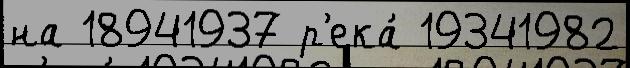
на 18941937 р'ека́ 19341982